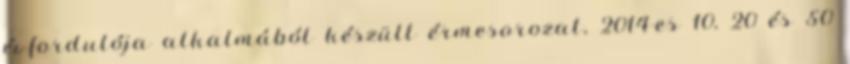
évfordulója alkalmából készült érmesorozat, 2014-es 10, 20 és 50